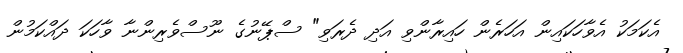
އެކަމަކު އެވާހަކައިން އަހަރެން ހައިރާންވި އަދި ދެރަވި" ސްޕޭނުގެ ނޫސްވެރިންނާ ވާހަކަ ދައްކަމުން